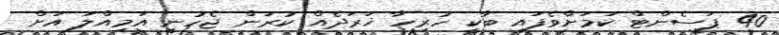
40 ޕަސެންޓް ކަމަށްވެފައި ބާކީ ހުރިހާ ޚަރަދެއް ކުރަން ޖެހުނީ އަމިއްލަ އަށް